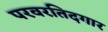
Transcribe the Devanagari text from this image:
परवरतिदगार